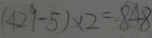
( 4 2 9 - 5 ) \times 2 = 8 4 8